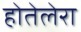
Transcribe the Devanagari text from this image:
होतेलेरा